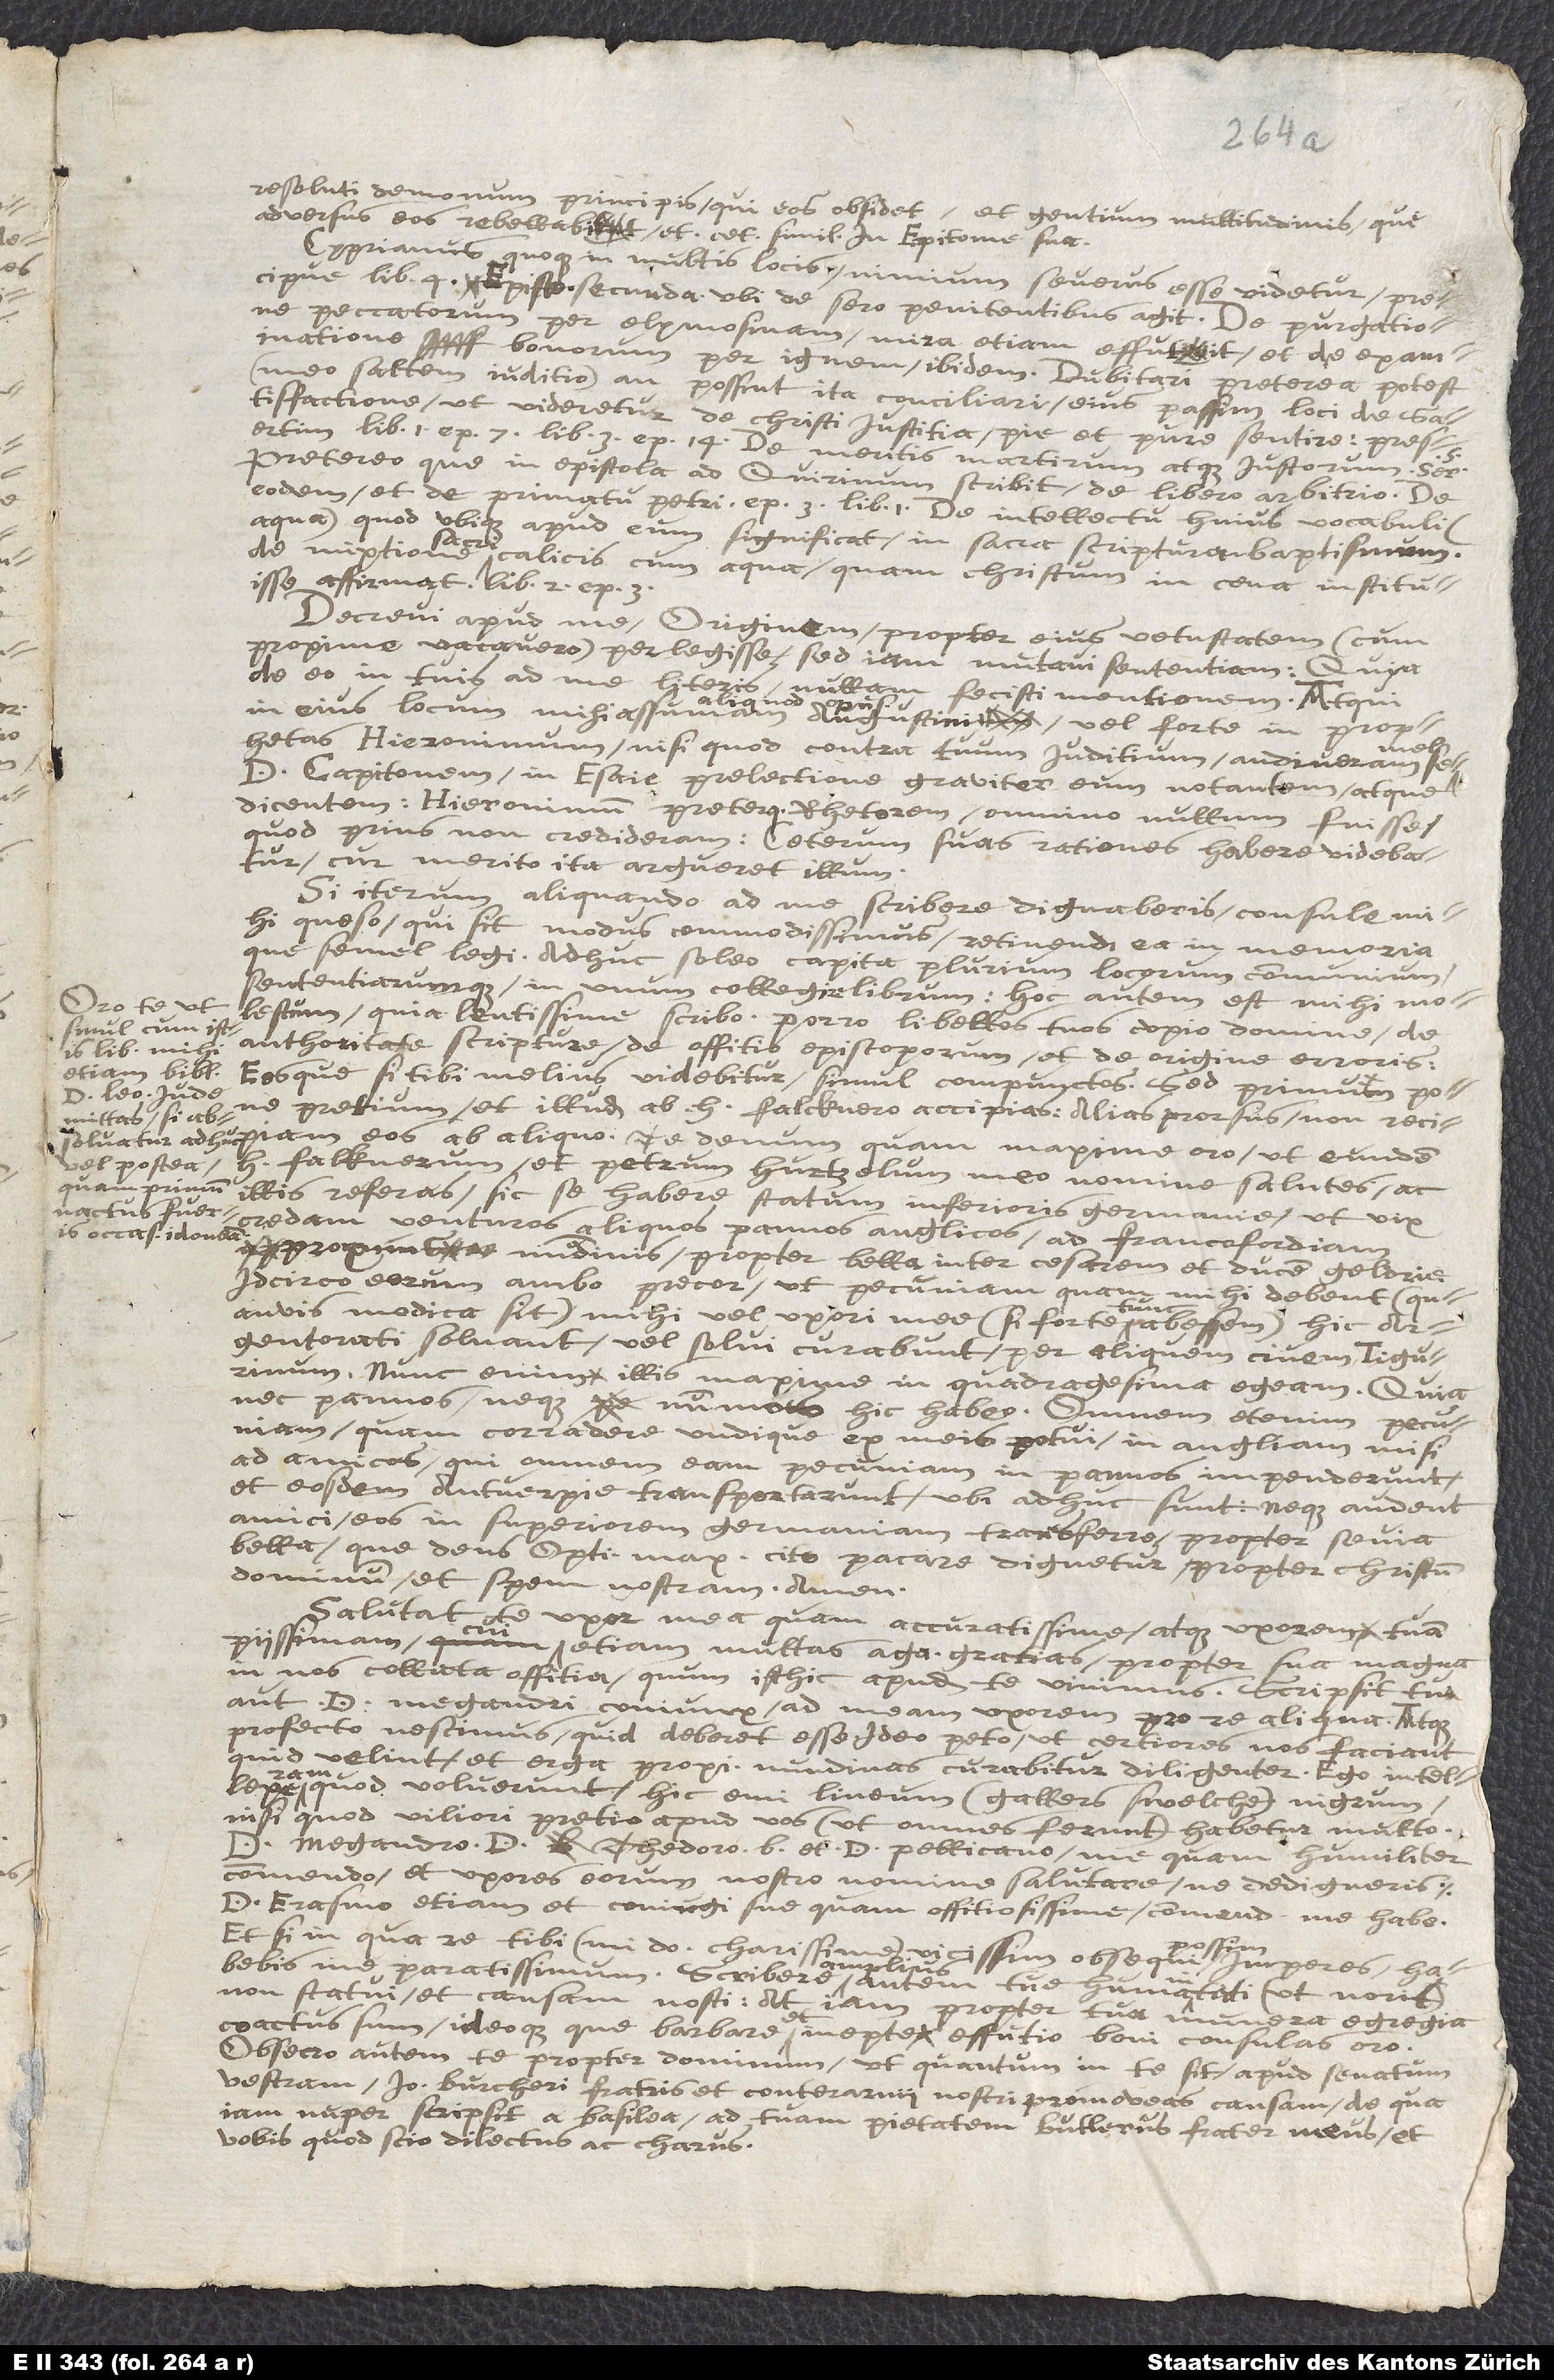
reeoluti daemonum principis, qui eos obsidet, et gentium multitudinis, quae
adversus eos rebellabit: et cetera similia in epitome sua.
Cyprianus quoque in multis locis nimium severus esse videtur, praecipue
peccatorum per eleemosynam mira etiam effutit, et de examinatione
bonorum per ignem ibidem. Dubitari praeterea potest
(meo saltem judicio) an possint ita conciliari ejus passim loci de
satisfactione, ut videretur de Christi justitia pie et pure sentire, praesertim
lib. i. ep. 7; lib. iii. ep. 14; de meritis martyrum atque justorum, Ser.
praeterea, quae in epistola ad Quirinum scribit, de libero arbitrio; de
eodem et de primatu Petri, ep. 3, lib. i.; de intellectu hujus vocabuli
(aqua), quod ubique apud cum significat in sacra scriptura baptismum;
de mixtione sacri calicis cum aqua, quam Christum in coena instituisse
Decrevi apud me Origenem propter ejus vetustatem (cum
proxime vacavero) perlegisse; sed jam mutavi sententiam, quia
de eo in tuis ad me literis
nullam fecisti mentionem. Atqui
Hieronymum, nisi quod contra tuum judicium: audiveram
Capitonem in Esaiae perlectione graviter eum notantem atque
dicentem, Hieronymum praeterquam rhetorem omnino nullum fuisse;
quod prius non credideram: ceterum suas rationes habere videbatur,
cur merito ita argueret illum.
Si iterum aliquando ad me scribere dignaberis, consule mihi,
quaeso, qui sit modus commodissimus retinendi ea in memoria,
quae semel legi. Adhuc soleo capita plurium locorum communium
sententiarumque in unum colligere librum: hoc autem est mihi molestum,
quia lentissime scribo. Porro libellos tuos cupio, domine, de
simul cum istis
auctoritate scripturae, de officio episcoporum, et de origine erroris;
etiam biblia
pretium, et illud ab H. Falcknero accipias: alias prorsus non recipiam
mittas, si absolvatur
vel postea
H. Falcknerum et Petrum Hürtzelum meo nomine salutes, ac
illis referas, sic se habere statum inferioris Germaniae, ut vix
nactus fueris
credam venturos aliquos pannos Anglicos ad Francofordiam
proximis nundinis propter bella inter Caesarem et ducem Geldriae.
Idcirco eorum ambo precor, ut pecuniam quam mihi debent (quamvis
modica sit) mihi vel uxori meae (si forte tum abessem) hic
Argentorati solvant, vel solvi curabunt per aliquem civem Tigurinum.
Nunc enim illis maxime in quadragesima egeam, quia
nec pannos neque nummos hic habeo. Omnem etenim pecuniam,
quam corradere undique ex meis potui, in Angliam misi
ad amicos, qui omnem eam pecuniam in pannos impenderunt,
et eosdem Antverpiae transportarunt, ubi adhuc sunt: neque audent
amici eos in superiorem Germaniam transferre propter saeva
bella, quae Deus Optimus Maximus cito pacare dignetur propter Christum
Dominum et spem nostram. Amen.
Salutat
te uxor mea quam accuratissime atque uxorem tuam
piissimam, cui etiam multas ago gratias propter sua magna
in nos collata officia, quum isthic apud te vivimus. Scripsit tua
aut D. Megandri conjux ad meam uxorem pro re aliqua; atque
profecto nescimus quid deberet esse. Ideo peto, ut certiores nos faciant
quid velint, et erga proximas nundinas curabitur diligenter. Ego intellexeram
quod voluerunt hic emi lineum (Gallers Swelche) nigrum,
nisi quod viliori pretio apud vos (ut omnes ferunt) habetur multo.
Megandro, D. Theodoro Bibliandro, et D. Pellicano me quam humiliter
commendo, et uxores eorum nostro nomine salutare ne dedigneris.
Erasmo etiam et conjugi suae quam officiosissime commendatum me habe.
Et si in qua re tibi, mi domine carissime, vicissim obsequi possim,
habebis me paratissimum. Scribere amplius autem tuae humanitati (ut norit)
non statui, et causam nosti: at jam propter tua munera egregia
coactus sum, ideoque quae barbare et inepte effutio, boni consulas oro.
Obsecro autem te propter Dominum, ut, quantum in te sit, apud senatum
vestrum Jo. Burcheri fratris et conterranei nostri promoveas causam, de qua
jam nuper scripsit a Basilea ad tuam pietatem Butlerus frater meus et
vobis, quod scio, dilectus ac carus.